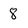
Character: 8